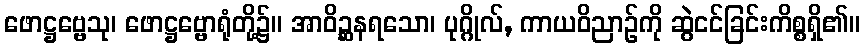
ဖောဋ္ဌဗ္ဗေသု၊ ဖောဋ္ဌဗ္ဗောရုံတို့၌။ အာဝိဉ္ဆနရသော၊ ပုဂ္ဂိုလ်, ကာယဝိညာဉ်ကို ဆွဲငင်ခြင်းကိစ္စရှိ၏။